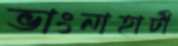
ভাংনাহাটী